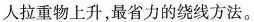
人拉重物上升，最省力的绕线方法。